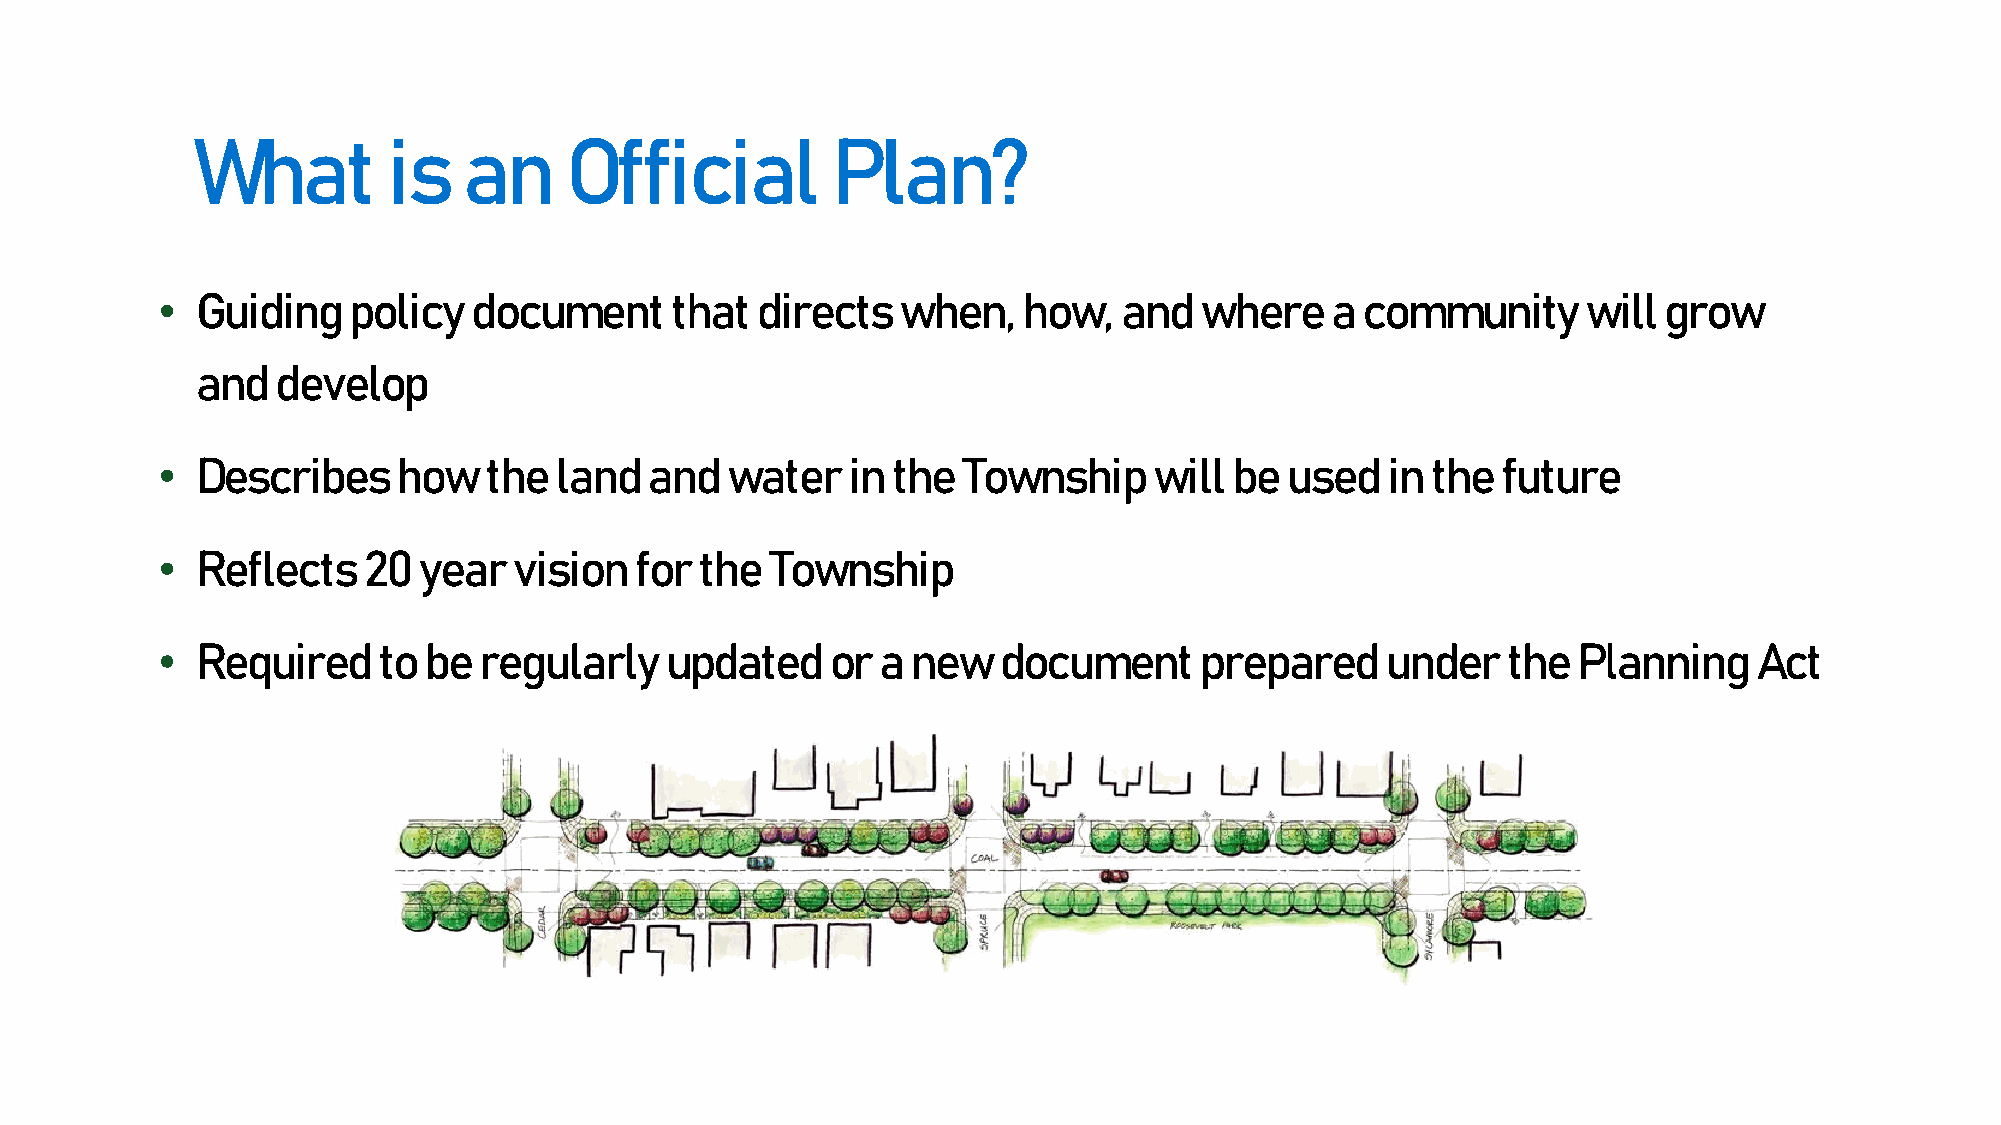
What         is   an    Official          Plan?
 •  Guiding   policy  document     that  directs   when,   how,  and  where    a community      will grow
 and  develop
 •  Describes    how   the  land  and  water   in the  Township    will  be used   in the future
 •  Reflects   20  year  vision  for the  Township
 •  Required    to be  regularly   updated    or a new   document     prepared     under   the Planning    Act